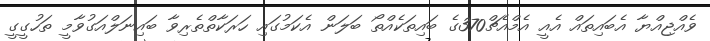
ވެއްޖިއްޔާ އެބައިތައް އެއީ އެމްއެޗް370ގެ ބައިތަކެއްތޯ ބަލަން އެކަމުގައި ހަރަކާތްތެރިވާ ބައިނަލްއަގުވާމީ ތަހުގީގީ